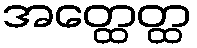
အတ္ထေတ္ထ